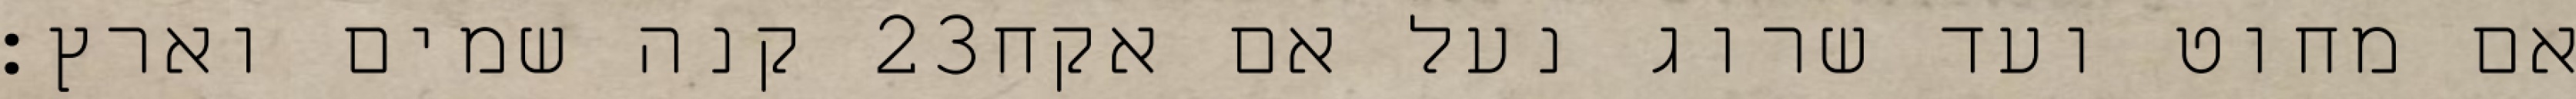
קנה שמים וארץ׃ ‎23‏ אם מחוט ועד שרוג נעל אם אקח